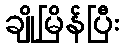
ချိုမြိန်ပြီး